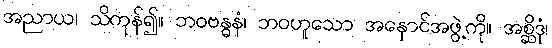
အညာယ၊ သိကုန်၍။ ဘဝဗန္ဓနံ၊ ဘဝဟူသော အနှောင်အဖွဲ့ကို။ အစ္ဆိဒုံ၊